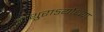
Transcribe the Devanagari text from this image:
मथुराऽयोध्या